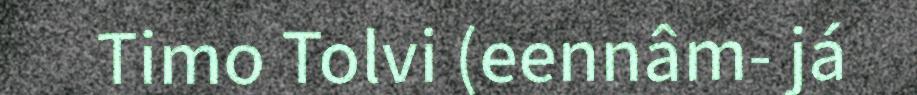
Timo Tolvi (eennâm- já